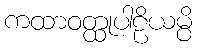
ကထာဝတ္ထုပါဠိယမ္ပိ